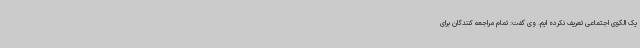
یک الگوی اجتماعی تعریف نکرده ایم. وی گفت: تمام مراجعه کنندگان برای